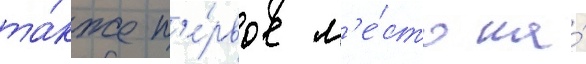
та́кже п'е́рвое м'е́сто на́